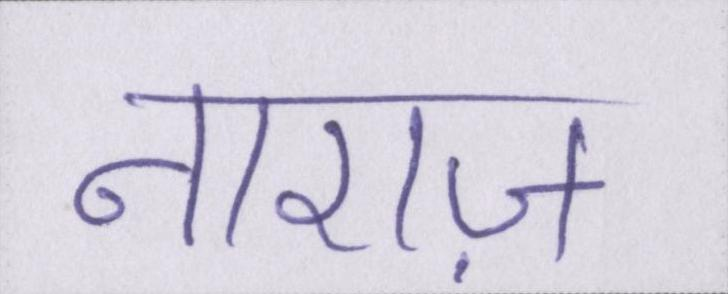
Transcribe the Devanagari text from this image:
नाराज़